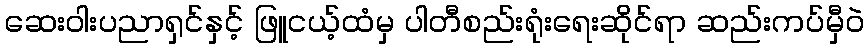
ဆေးဝါးပညာရှင်နှင့် ဖြူငယ့်ထံမှ ပါတီစည်းရုံးရေးဆိုင်ရာ ဆည်းကပ်မှီဝဲ